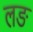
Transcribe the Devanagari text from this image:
लङ